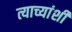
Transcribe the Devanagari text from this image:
त्याच्यांशी